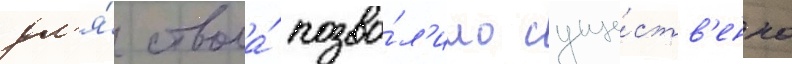
дл'я́ ствола́ позво́л'ило суще́ств'енно